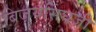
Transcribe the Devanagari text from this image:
बिजयसिंघजी